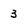
Character: 3